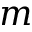
m